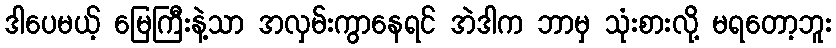
ဒါပေမယ့် မြေကြီးနဲ့သာ အလှမ်းကွာနေရင် အဲဒါက ဘာမှ သုံးစားလို့ မရတော့ဘူး